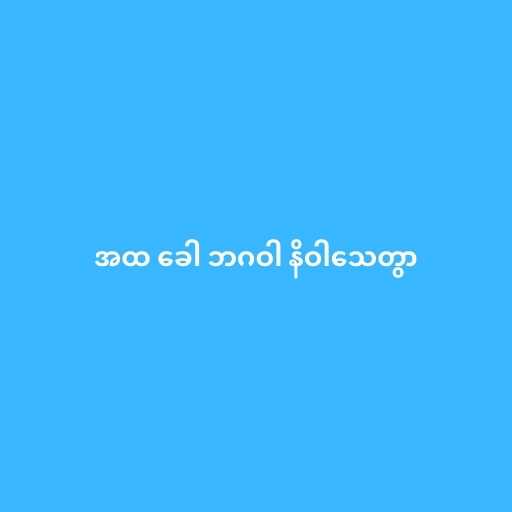
အထ ခေါ ဘဂဝါ နိဝါသေတွာ